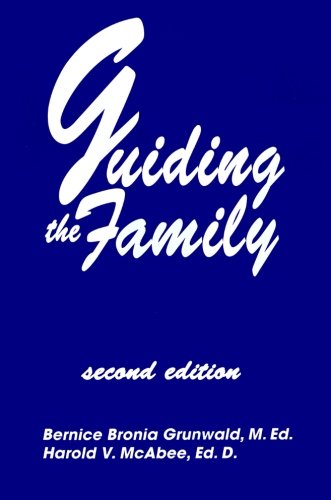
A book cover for Guiding The Family: Practical Counseling Techniques; Bernice Bronia Grunwald; Medical Books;